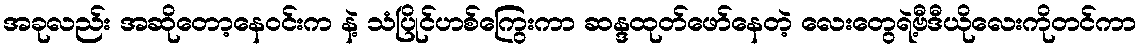
အခုလည်း အဆိုတော့နေဝင်းက နဲ့ သံပြိုင်ဟစ်ကြွေးကာ ဆန္ဒထုတ်ဖော်နေတဲ့ လေးတွေရဲ့ဗီဒီယိုလေးကိုတင်ကာ